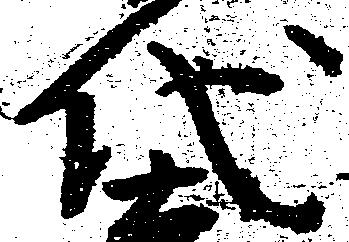
代